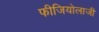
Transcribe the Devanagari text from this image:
फीजियोलाजी